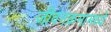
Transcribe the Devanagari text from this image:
जीवनक्रमामध्ये